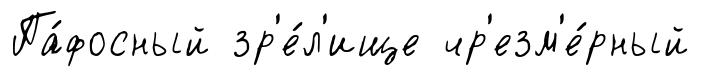
Па́фосный зр'е́л'ище чр'езм'е́рный